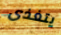
يتغذى